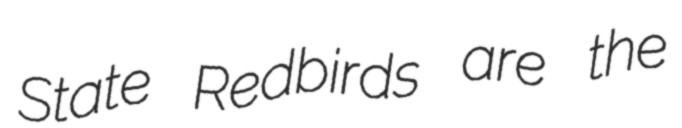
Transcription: State Redbirds are the